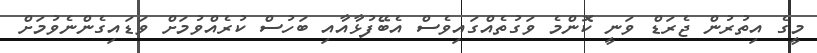
މީގެ އިތުރުން ޖެރަޑް ވަނީ ކޮންމެ ވަގުތެއްގައިވެސް އެބޭފުޅާއާއި ބަހުސް ކުރެއްވުމަށް ވަޑައިގެންނެވުމަށް